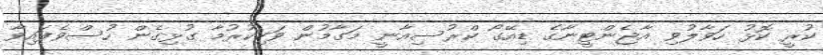
ކުރީ ކޮޅު ހަވާލުވި އާޖެންޓީނާގެ ޑިއޭގޯ ކްރުސިއާނީ މަގާމުން ވަކިކުރުމާ ގުޅިގެން ހުސްވެފައިވާ